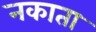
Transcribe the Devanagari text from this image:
नकाता